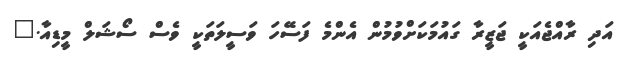
އަދި ރާއްޖެއަކީ ޖަޒީރާ ގައުމަކަށްވުމުން އެންމެ ފަސޭހަ ވަސީލަތަކީ ވެސް ސޯޝަލް މީޑިއާ."